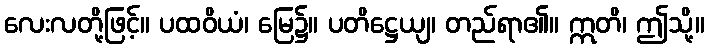
လေးလတို့ဖြင့်။ ပထဝိယံ၊ မြေ၌။ ပတိဋ္ဌေယျ၊ တည်ရာ၏။ ဣတိ၊ ဤသို့။